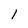
Character: l